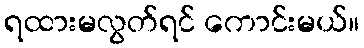
ရထားမလွတ်ရင် ကောင်းမယ်။